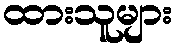
ထားသူများ